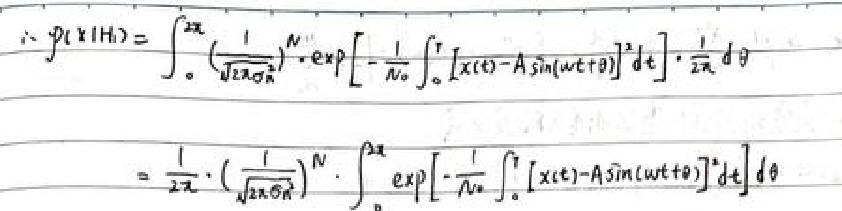
\begin{align*}
    \therefore p(x|H)&=\int_{0}^{2\pi}(\frac{1}{\sqrt{2\pi\sigma_{n}^{2}}})^{N}\cdot\exp\left[-\frac{1}{N_{0}}\int_{0}^{T}[x(t)-A\sin(\omega t+\theta)]^{2}dt\right]\cdot\frac{1}{2\pi}d\theta\\
    &=\frac{1}{2\pi}\cdot(\frac{1}{\sqrt{2\pi\sigma_{n}^{2}}})^{N}\cdot\int_{0}^{2\pi}\exp\left[-\frac{1}{N_{0}}\int_{0}^{T}[x(t)-A\sin(\omega t+\theta)]^{2}dt\right]d\theta
    \end{align*}